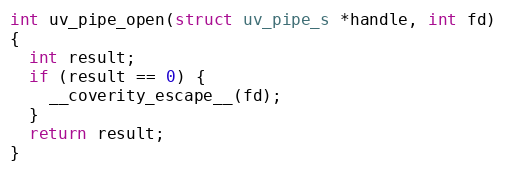
Language: C
int uv_pipe_open(struct uv_pipe_s *handle, int fd)
{
  int result;
  if (result == 0) {
    __coverity_escape__(fd);
  }
  return result;
}